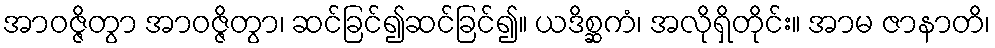
အာဝဇ္ဇိတွာ အာဝဇ္ဇိတွာ၊ ဆင်ခြင်၍ဆင်ခြင်၍။ ယဒိစ္ဆကံ၊ အလိုရှိတိုင်း။ အာမ ဇာနာတိ၊